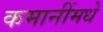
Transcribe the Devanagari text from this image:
कमानींमधे